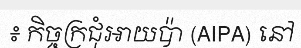
៖ កិច្ចក្រជុំអាយប៉ា (AIPA) នៅ